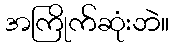
အကြိုက်ဆုံးဘဲ။